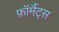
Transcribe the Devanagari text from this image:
फ़ॉर्मैट्स